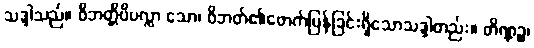
သဒ္ဒါသည်။ ဝိဘတ္တိပိပလ္လာ သော၊ ဝိဘတ်၏ဖောက်ပြန်ခြင်းရှိသောသဒ္ဒါတည်း။ တိဏ္ဏဉ္စ၊